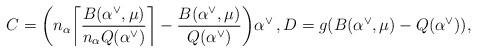
LaTeX: \begin{align*}C = \biggl(n_{\alpha} \biggl\lceil \dfrac{B(\alpha^{\vee},\mu)}{n_{\alpha} Q(\alpha^{\vee})} \biggr\rceil - \dfrac{B(\alpha^{\vee},\mu)}{Q(\alpha^{\vee})} \biggr) \alpha^{\vee} \, ,D = g(B(\alpha^{\vee},\mu) - Q(\alpha^{\vee})),\end{align*}